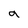
Character: q